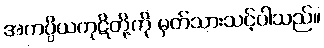
အကပ္ပိယကုဋိတို့ကို မှတ်သားသင့်ပါသည်။